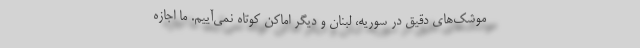
موشک‌های دقیق در سوریه، لبنان و دیگر اماکن کوتاه نمی‌آییم. ما اجازه